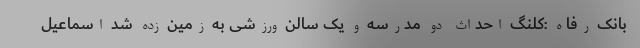
بانک رفاه :کلنگ احداث دو مدرسه و یک سالن ورزشی به زمین زده شد اسماعیل